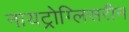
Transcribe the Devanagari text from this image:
नायट्रोग्लिसरीन